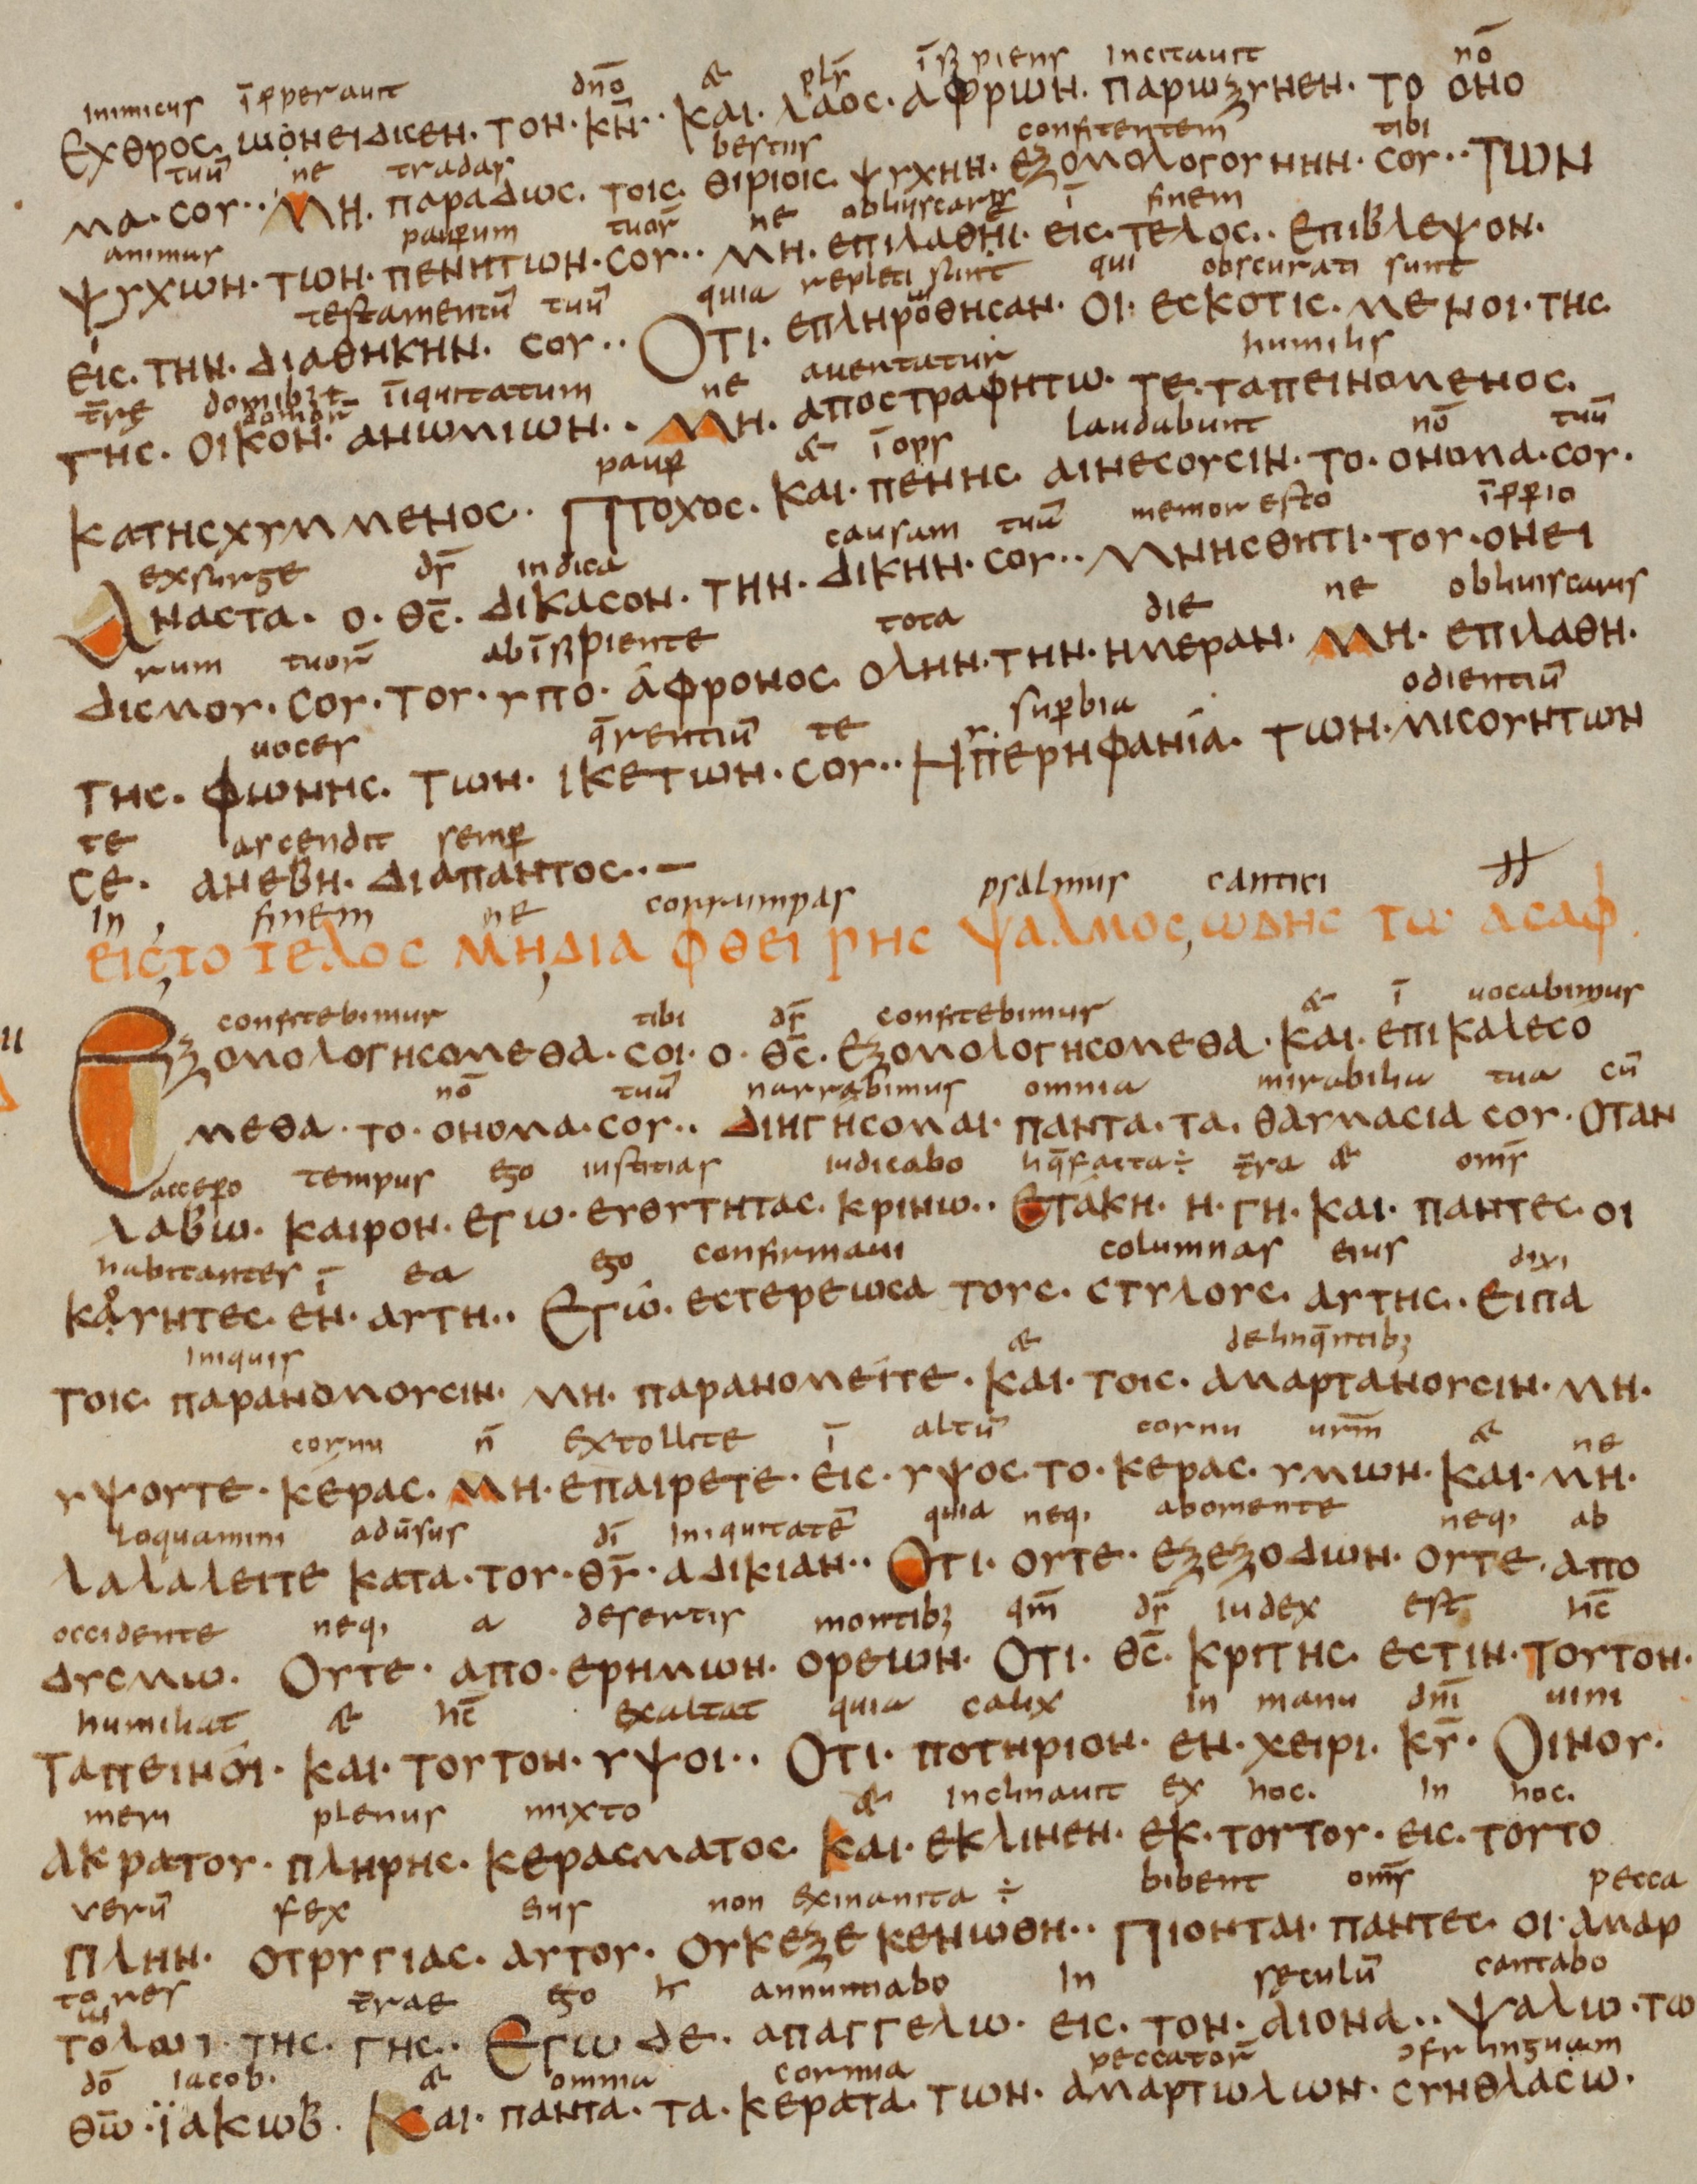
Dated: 833–899